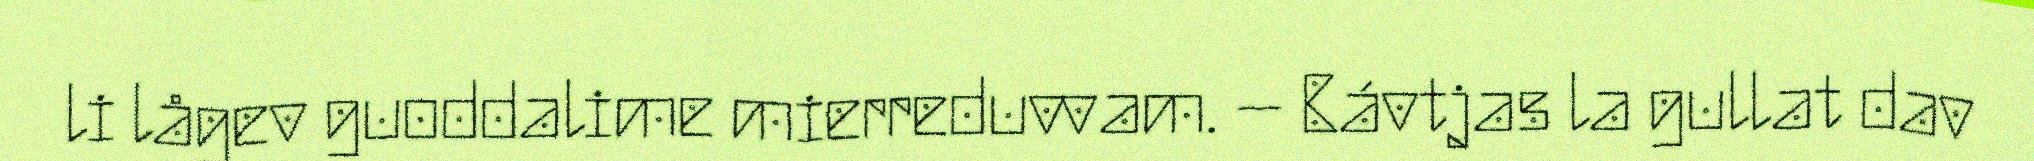
li lågev guoddalime mierreduvvam. – Bávtjas la gullat dav